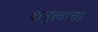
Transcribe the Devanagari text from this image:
शत्रुत्वाचा